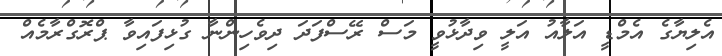
އެލިޔާގެ އެމްޑީ އަލާއު އަލީ ވިދާޅުވީ މަސް ރޭސްފަދަ ދިވެހިންނާ ގުޅިފައިވާ ޕްރޮގްރާމެއް